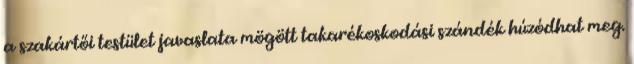
a szakártői testület javaslata mögött takarékoskodási szándék húzódhat meg.